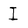
Character: I